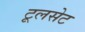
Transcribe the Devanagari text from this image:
टूलसेट